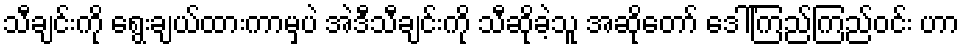
သီချင်းကို ရွေးချယ်ထားကာမှပဲ အဲဒီသီချင်းကို သီဆိုခဲ့သူ အဆိုတော် ဒေါ်ကြည်ကြည်ဝင်း ဟာ